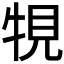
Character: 𤙧